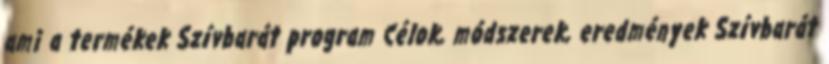
ami a termékek Szívbarát program Célok, módszerek, eredmények Szívbarát